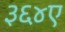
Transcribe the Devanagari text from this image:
३६४ए